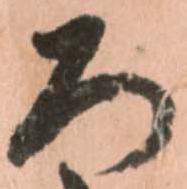
ろ